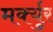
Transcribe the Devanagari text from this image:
मर्क्युर